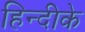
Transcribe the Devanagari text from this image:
हिन्दीके